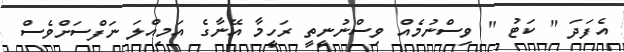
އެފަދަ " ކަޓު " ވިސްނުމެއް ވިސްނުނީތީ ރަހީމާ އޭނާގެ އަމިއްލަ ނަފްސަށްވެސް